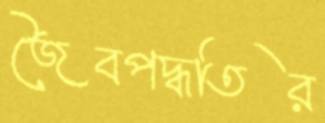
জৈবপদ্ধতির